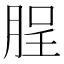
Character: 脭